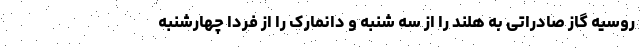
روسیه گاز صادراتی به هلند را از سه شنبه و دانمارک را از فردا چهارشنبه